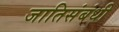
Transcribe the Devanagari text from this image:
जातिसंबंधी